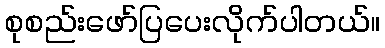
စုစည်းဖော်ပြပေးလိုက်ပါတယ်။